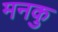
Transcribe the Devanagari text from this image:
मनकु